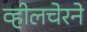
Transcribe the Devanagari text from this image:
व्हीलचेरने